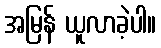
အမြန် ယူလာခဲ့ပါ။